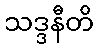
သဒ္ဒနီတိ